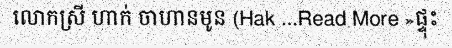
លោកស្រី ហាក់ ចាហានមូន (Hak ...Read More »ផ្ទុះ